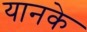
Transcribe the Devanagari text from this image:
यानके